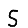
Digit: 5